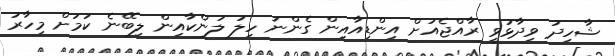
ޝާހިދު ވިދާޅުވީ ރާއްޖެއަށް އިންޑިއާއިން ގެންނަ ހިލަ ލަންކާއިން ލިބޭނެ ކަމަށް މިހާރު